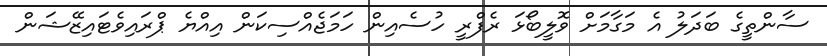
ސާންތީގެ ބަދަލު އެ މަގާމަށް ވޮލީބޯޅަ ރެފްރީ ހުސެއިން ހަމަޖެއްސިކަން އިއްޔެ ޕްރައިވެޓައިޒޭޝަން